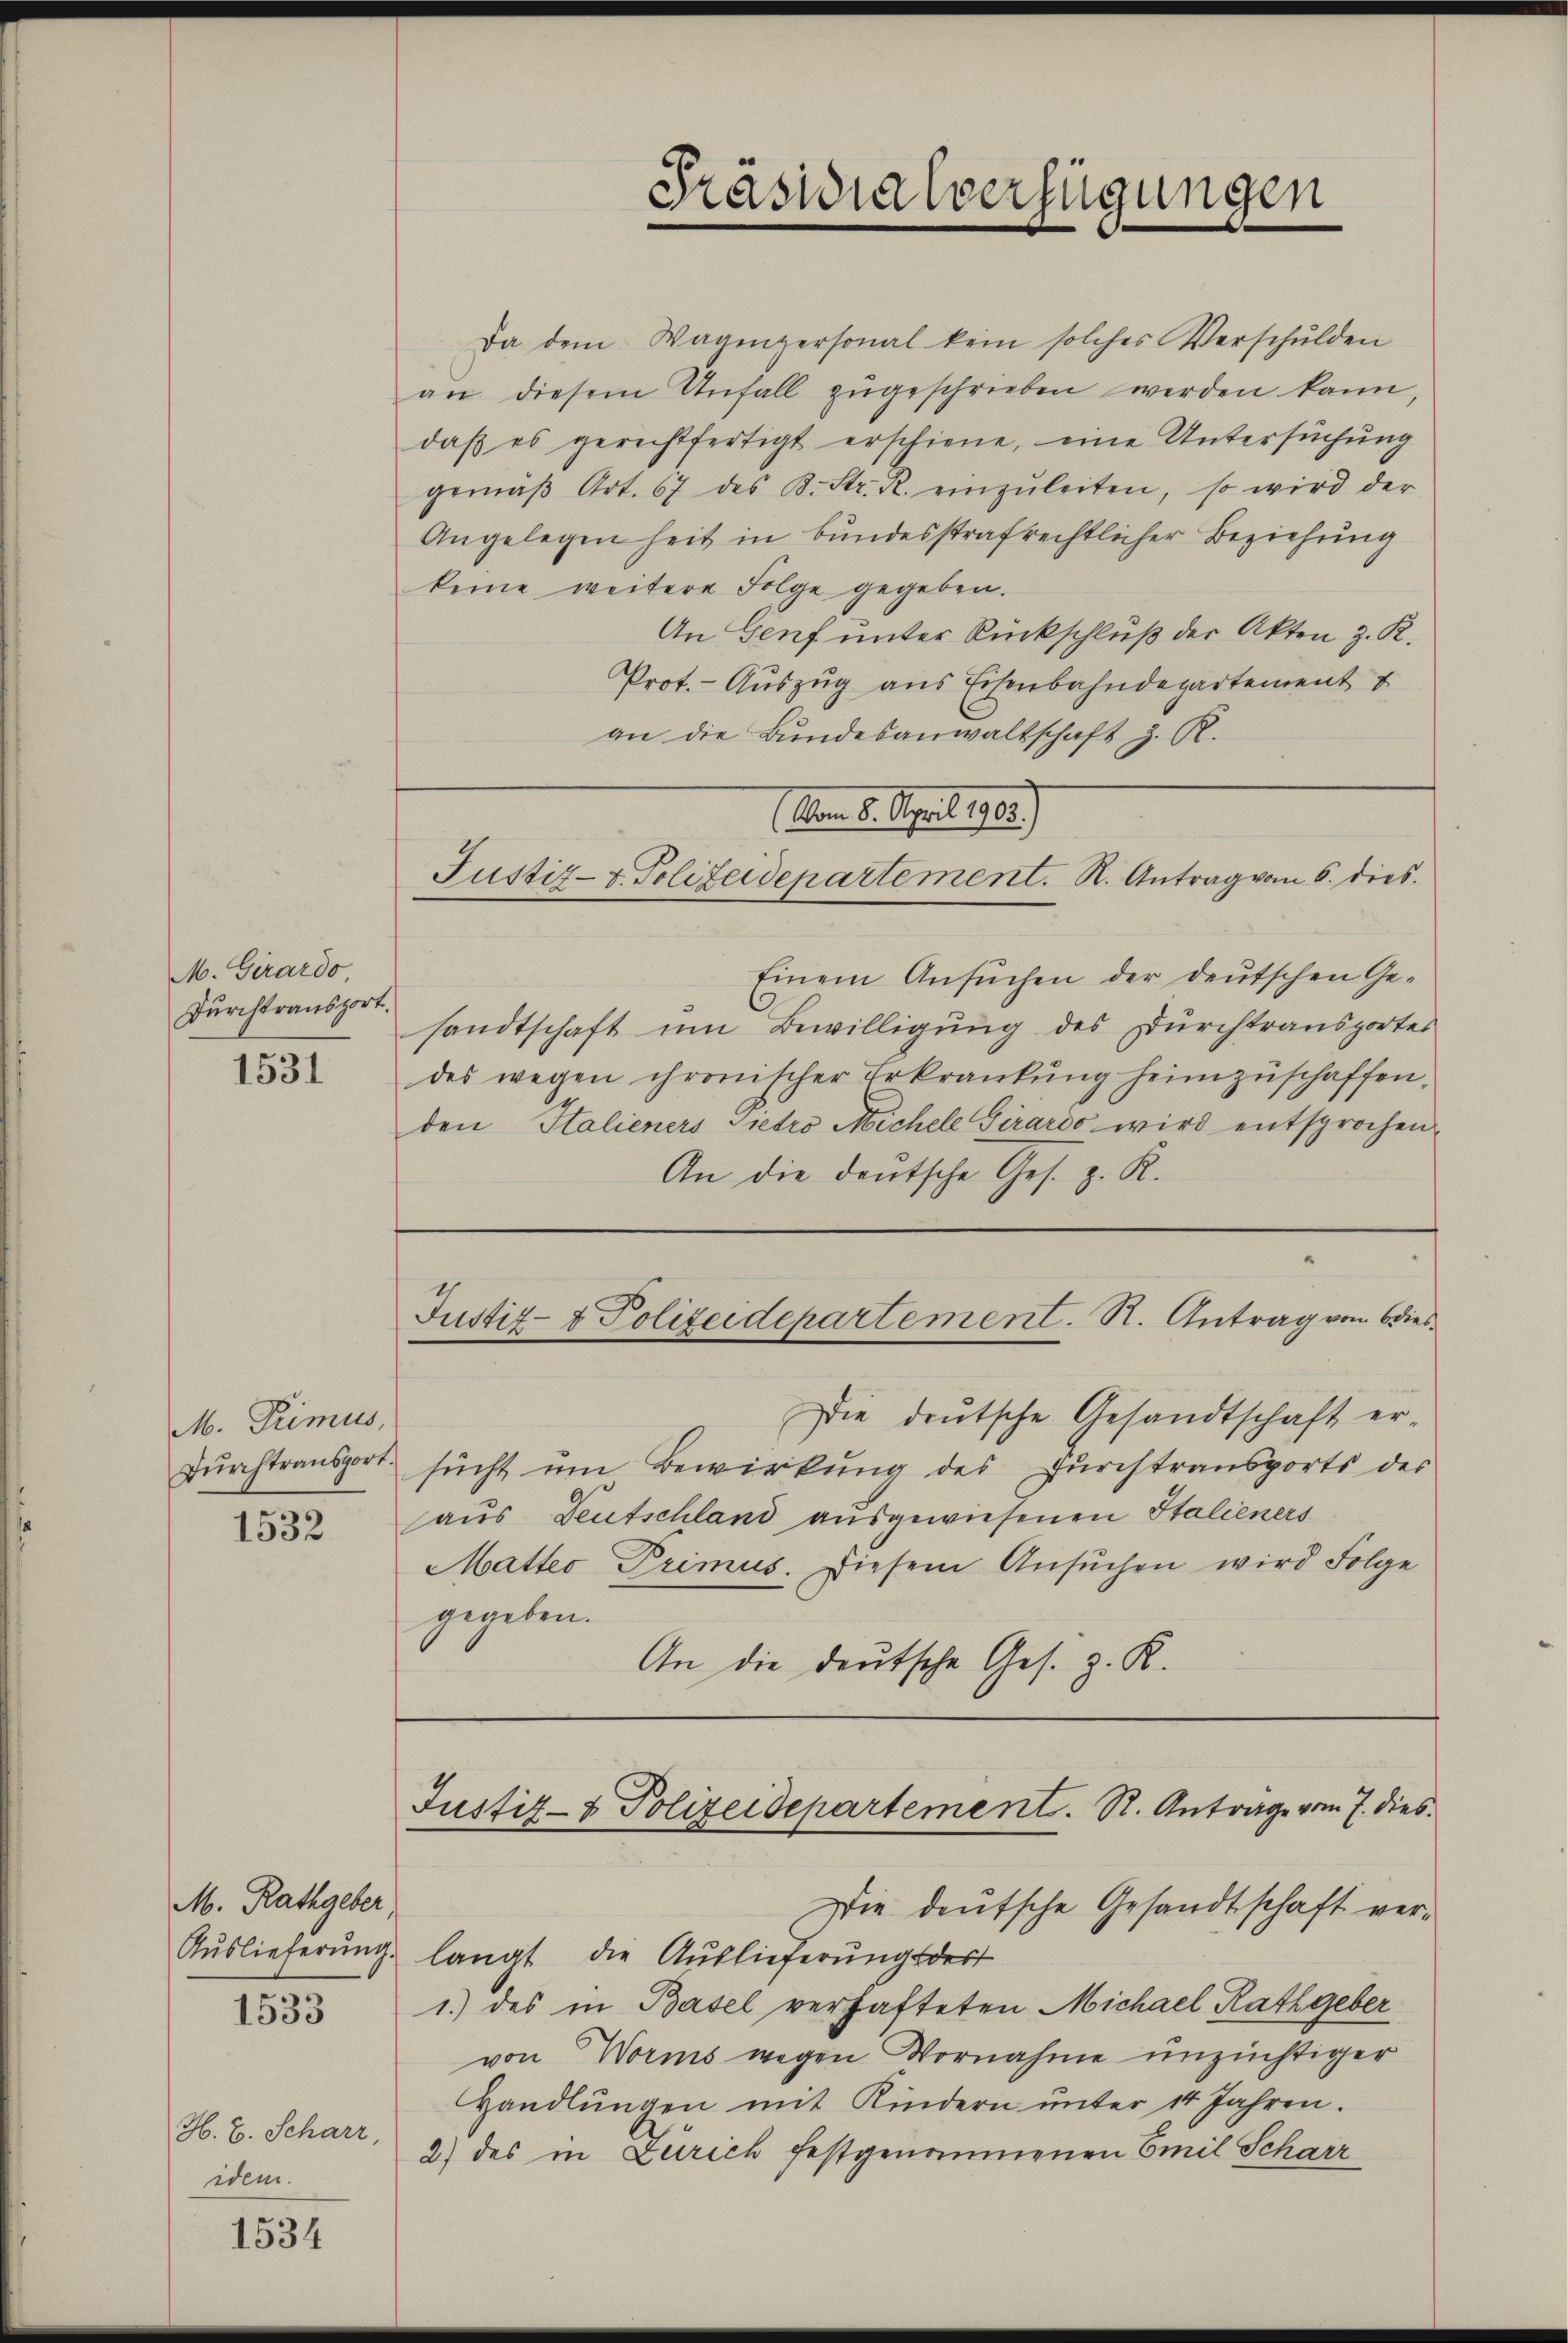
M. Girardo
Durchtransport.

1531

M. Trimus,
Dŭrchtransport.

1532

M. Rathgeber
Auslieferung.
1533

H. B. Scharz
idem.

1534

Präsidialverfügungen

Da dem Wagenpersonal kein solches Verschulden
an diesem Unfall zŭgeschrieben werden kann,
daß es gerechtfertigt erschiene, eine Untersuchung
gemäβ Art. 67 des K. Str. R. einzŭleiten, so wird der
Angelegen heit in bundesstrafrechtlicher Beziehung
keine weitere Folge gegeben.
An Genf unter Rückschluß der Akten z. R.
Prot. - Auszug aus Eisenbahndepartement
an die Bundesanwaltschaft z. R.
(vom 8. April 1903.)
Justiz- & Polizeidepartement. R. Antrag vom 6. dies
Einem Ansuchen der deutschen Gesandtschaft um Bewilligung des Durchtransportes
des wegen chronischer Erkrankŭng heimzuschaffen,
den Italieners Pietro Michele Girardo wird entsprochen,
An die deutsche Ges. z. R.

An die deutsche Ges. z. R.

Justiz- & Polizeidepartement. S. Antrag von dies¬

Die deutsche Gesandtschaft er-
sucht um Bewirkung des Durchtransports der
aus Deutschland ausgewiesenen Stalieners
Mattes Primus. Diesem Ansŭchen wird Folge
gegeben.
Justiz- & Polizeidepartement. S. Antrage vom 7. dies
Die deutsche Gesandtschaft verlangt, die Auslieferungsdort
1.) des in Basel verhafteten Michael Rathgeber
von Worms wegen Vornahme unzüchtiger
Handlŭngen mit Kindern ŭnter 14 Jahren.
2) des in Zürich festgenommenen Emil Scharz